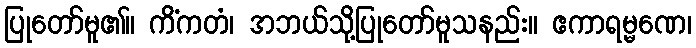
ပြုတော်မူ၏။ ကိံကတံ၊ အဘယ်သို့ပြုတော်မူသနည်း။ ဧကာရမ္မဏေ၊